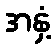
အနှံ့